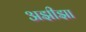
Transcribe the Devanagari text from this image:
अझीझा